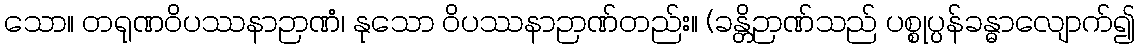
သော။ တရုဏဝိပဿနာဉာဏံ၊ နုသော ဝိပဿနာဉာဏ်တည်း။ (ခန္တိဉာဏ်သည် ပစ္စုပ္ပန်ခန္ဓာလျောက်၍